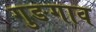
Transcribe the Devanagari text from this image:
गुङगाव